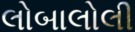
લોબાલોલી